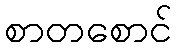
စာတစောင်